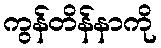
ကွန်တိန်နာကို